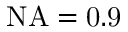
\mathrm { { N A } = 0 . 9 }